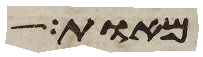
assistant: מאות